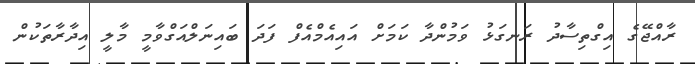
ރާއްޖޭގެ އިގްތިސާދު ރަނގަޅު ވަމުންދާ ކަމަށް އައިއެމްއެފް ފަދަ ބައިނަލްއަގްވާމީ މާލީ އިދާރާތަކުން